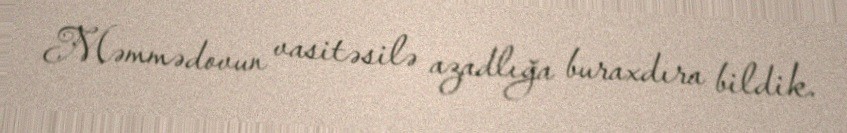
Məmmədovun vasitəsilə azadlığa buraxdıra bildik.